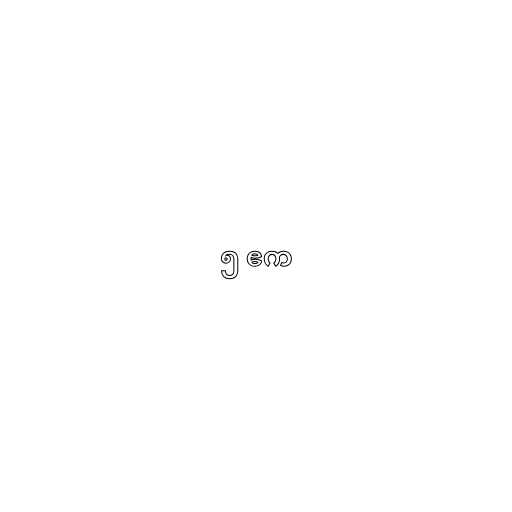
၅ ဧက